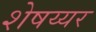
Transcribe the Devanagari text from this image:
शेषय्यर